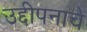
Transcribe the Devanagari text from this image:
उद्दीपनाचे